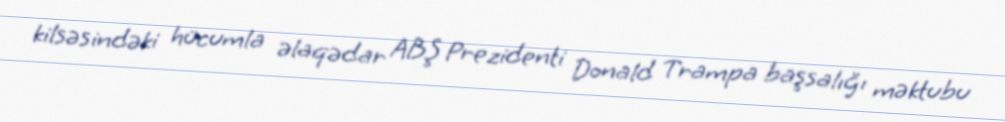
kilsəsindəki hücumla əlaqədar ABŞ Prezidenti Donald Trampa başsalığı məktubu